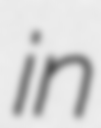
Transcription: in